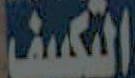
المكيف